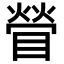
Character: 䁝